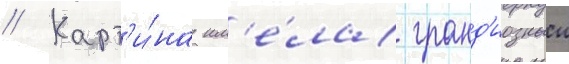
// Карт'и́на им'е́ла гранд'иозныи